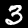
Digit: 3